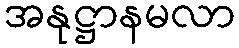
အနုဋ္ဌာနမလာ